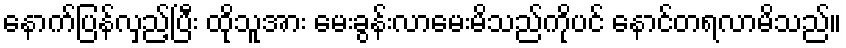
နောက်ပြန်လှည့်ပြီး ထိုသူအား မေးခွန်းလာမေးမိသည်ကိုပင် နောင်တရလာမိသည်။